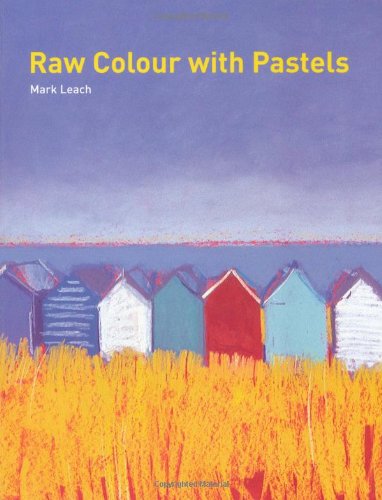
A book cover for Raw Colour with Pastels; Mark Leach; Arts & Photography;